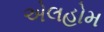
એલહોમ